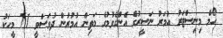
ހޯމް މިނިސްޓަރު އުމަރު ނަސީރުގެ އެންގެވުމުގެ މަތިން އުމުރުން ދުވަސްވީ 71 މީހަކު